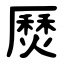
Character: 㷴